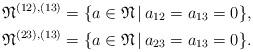
LaTeX: \begin{align*}{\mathfrak N}^{(12),(13)}&=\{a\in {\mathfrak N} \,|\,a_{12}=a_{13}=0\},\\{\mathfrak N}^{(23),(13)}&=\{a\in {\mathfrak N} \,|\,a_{23}=a_{13}=0\}.\end{align*}